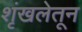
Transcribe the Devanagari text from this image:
शृंखलेतून